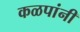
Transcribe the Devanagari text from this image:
कळपांनी